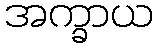
အက္ခာယ